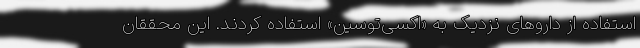
استفاده از دارو‌های نزدیک به «اکسی‌توسین» استفاده کردند. این محققان